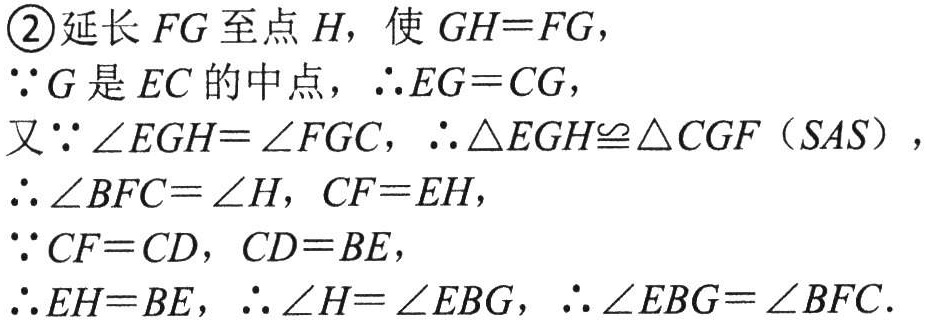
\begin{enumerate}
\item[\textcircled{2}]延长$FG$至点$H$，使$GH = FG$，
$\because G$是$EC$的中点，$\therefore EG = CG$，
又$\because\angle EGH=\angle FGC$，$\therefore\triangle EGH\cong\triangle CGF$（$SAS$），
$\therefore\angle BFC=\angle H$，$CF = EH$，
$\because CF = CD$，$CD = BE$，
$\therefore EH = BE$，$\therefore\angle H=\angle EBG$，$\therefore\angle EBG=\angle BFC$.
\end{enumerate}